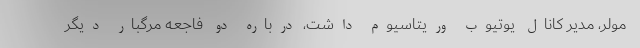
مولِر، مدیر کانال یوتیوب وریتاسیوم داشت، درباره دو فاجعه مرگبار دیگر